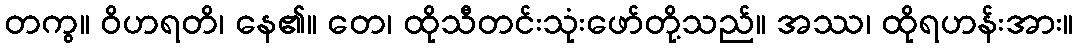
တကွ။ ဝိဟရတိ၊ နေ၏။ တေ၊ ထိုသီတင်းသုံးဖော်တို့သည်။ အဿ၊ ထိုရဟန်းအား။